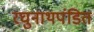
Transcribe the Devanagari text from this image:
रघुनाथपंडित